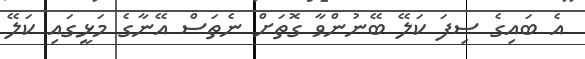
އެ ބައިގެ ސިފަ ކަލޭ ބޭނުންވާ ގޮތަށް ނެތަސް އޭނާގެ މަޅީގައި ކަލޭ